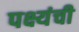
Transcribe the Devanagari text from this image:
पक्ष्यंची